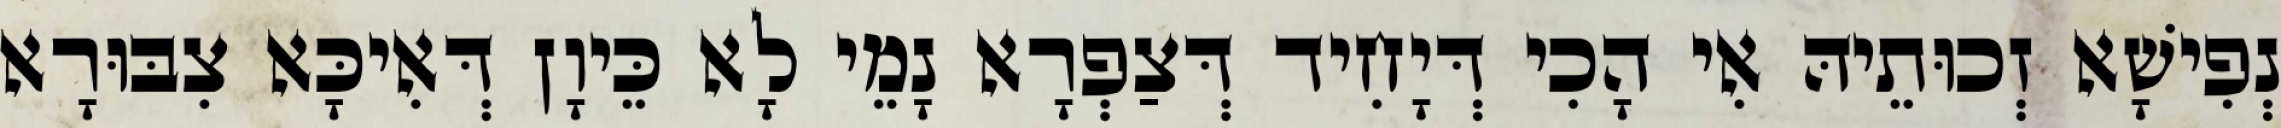
נְפִישָׁא זְכוּתֵיהּ אִי הָכִי דְּיָחִיד דְּצַפְרָא נָמֵי לָא כֵּיוָן דְּאִיכָּא צִבּוּרָא